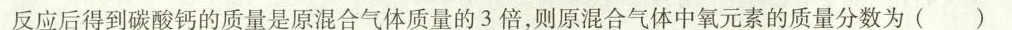
反应后得到碳酸钙的质量是原混合气体质量的3倍，则原混合气体中氧元素的质量分数为( )